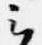
云